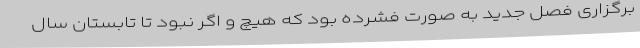
برگزاری فصل جدید به صورت فشرده بود که هیچ و اگر نبود تا تابستان سال